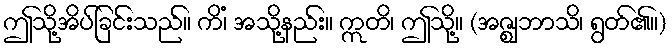
ဤသို့အိပ်ခြင်းသည်။ ကိံ၊ အသို့နည်း။ ဣတိ၊ ဤသို့။ (အဇ္ဈဘာသိ၊ ရွတ်၏။)